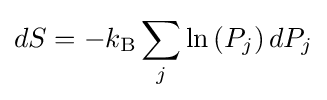
dS=-k_{\mathrm {B} }\sum _{j}\ln \left(P_{j}\right)dP_{j}